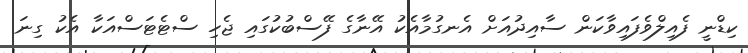
ކިޑްނީ ފެއިލްވެފައިވާކަން ސާއިދުއަށް އެނގުމާއެކު އޭނާގެ ފޭސްބުކުގައި ޖެހި ސްޓެޓަސްއަކާ އެކު ގިނަ